Trukikaitis_Postimees, lk 134
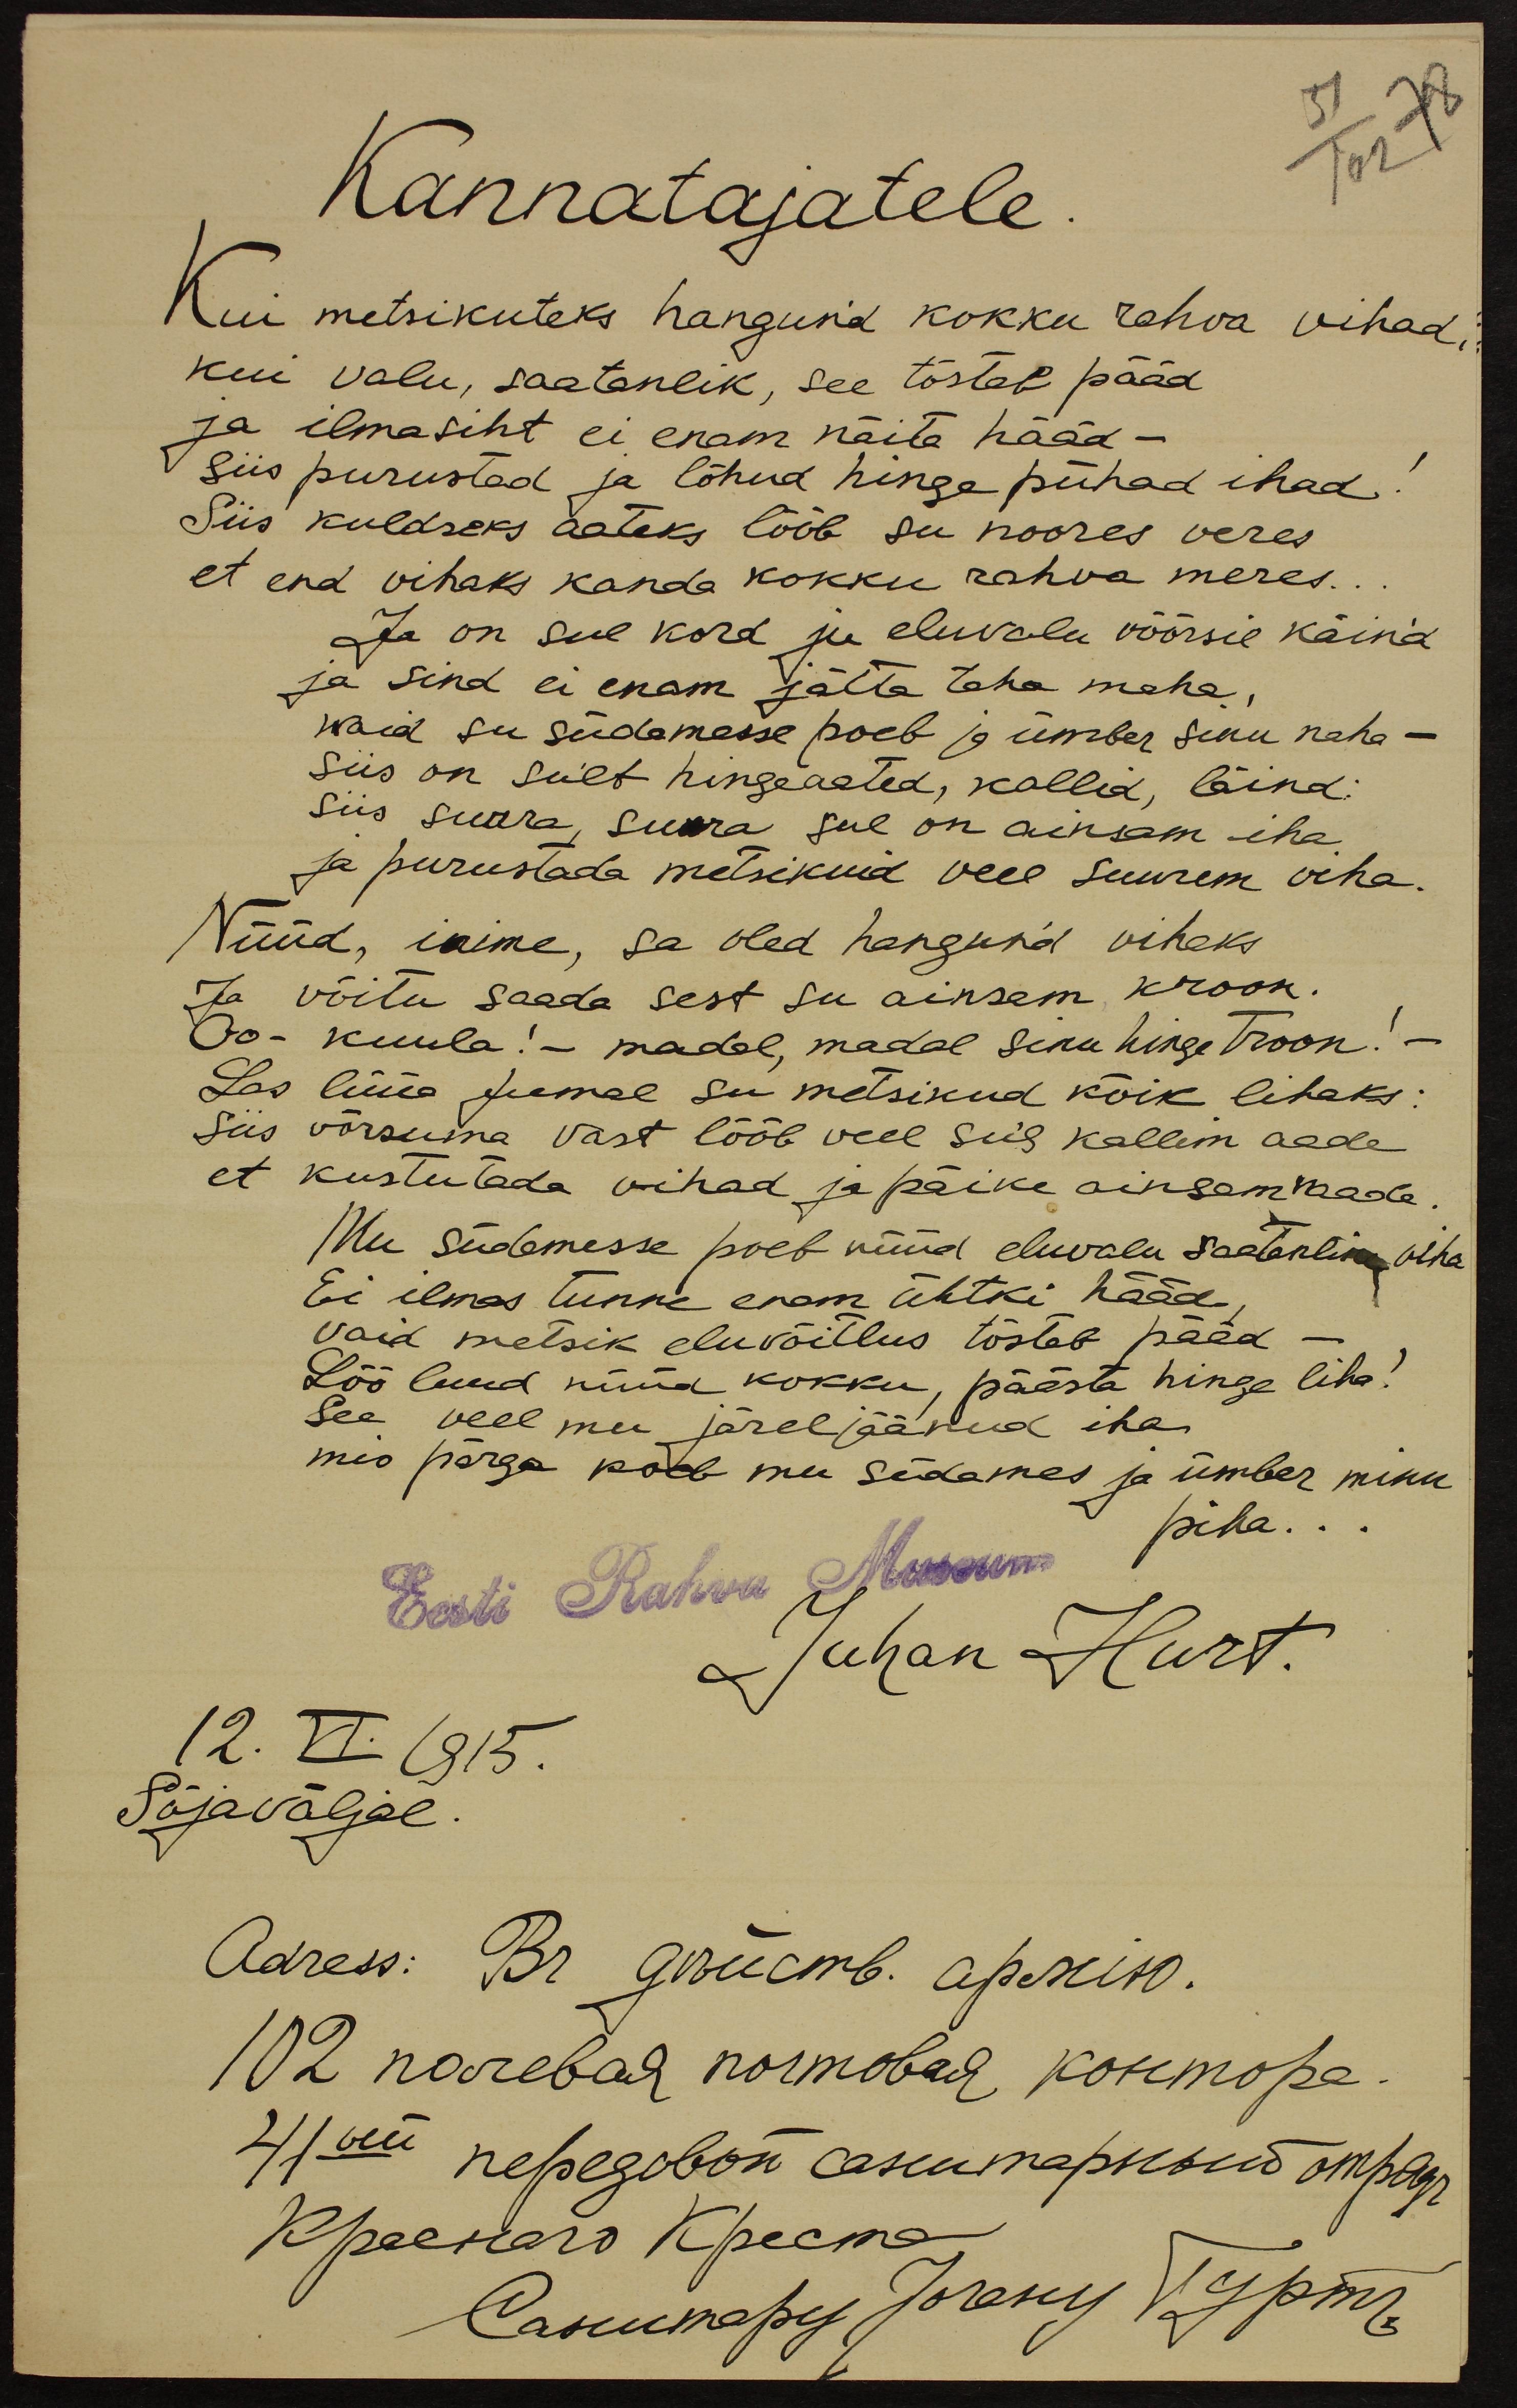
Kannatajatele.
Kui metsikuteks hangusid kokku rahva vihad,
kui valu, saatanlik, see tõstab pääd
ja ilmasiht ei enam näita hääd –
siis purustad ja lõhud hinge pühad ihad!
Siis kuldseks aateks lööb su noores veres
et end vihaks kanda kokku rahva meres...
Ja on sul kord ju eluvalu võõrsil käin'd
ja sind ei enam jätta taha maha,
waid su südamesse poeb ja ümber sinu naha –
siis on sult hingeaated, kallid, läind:
Siis surra, surra sul on ainsam iha
ja purustada metsikuid veel suurem viha.
Nüüd, inime, sa oled hangund vihaks
Ja võitu saada sest su ainsam kroon.
Oo – kuula! – madal, madal sinu hinge Troon! –
Las lüüa Jumal su metsikud kõik lihaks:
Siis võrsuma vast lööb veel siis kallim aade
et kustutada vihad ja päike ainsam vaade
Mu südamesse poeb nüüd eluvalu saatanlik viha
Ei ilmas tunne enam ühtki hääd,
vaid metsik eluvõitlus tõstab pääd –
Löö luud nüüd kokku, päästa hinge liha!
see veel mu järeljäänud iha
mis põrga poeb mu südames ja ümber minu
piha...
Eest Rahva Museum
Juhan Hurt.
12. VI. 1915.
Sõjaväljal.
Adress: Br. gosümb. apostro.